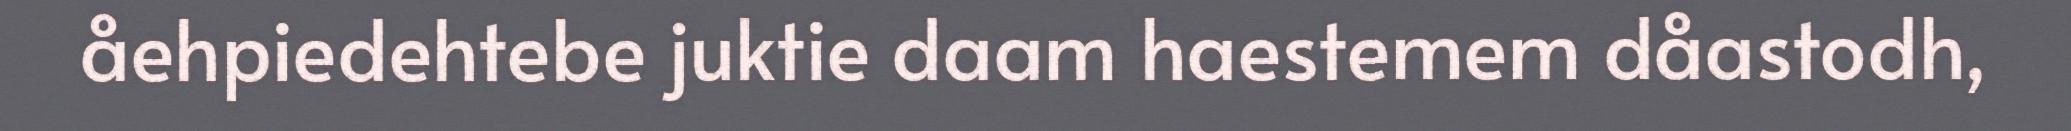
åehpiedehtebe juktie daam haestemem dåastodh,